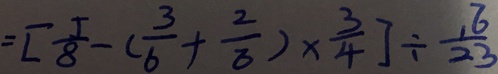
= [ \frac { 5 } { 8 } - ( \frac { 3 } { 6 } + \frac { 2 } { 6 } ) \times \frac { 3 } { 4 } ] \div \frac { 1 6 } { 2 3 }